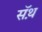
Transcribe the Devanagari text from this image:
सॅथ़